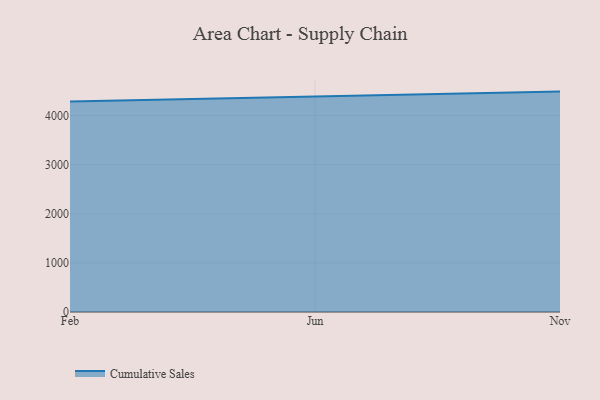
{"axis": {"x": "Month", "y": "Demand Index"}, "legend": ["Cumulative Sales"], "data": [{"x": "Feb", "y": 4285.6, "type": "Cumulative Sales"}, {"x": "Jun", "y": 4390.8, "type": "Cumulative Sales"}, {"x": "Nov", "y": 4486.4, "type": "Cumulative Sales"}]}